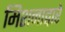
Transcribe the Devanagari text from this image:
मिशनाद्वारे